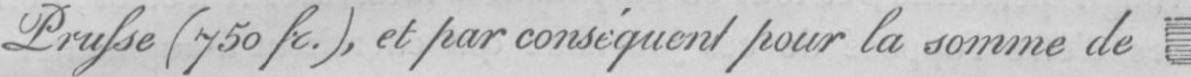
Prusse (750 fr.), et par conséquentpour la somme de